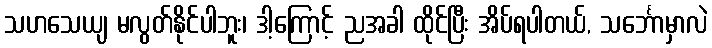
သဟသေယျ မလွတ်နိုင်ပါဘူး၊ ဒါ့ကြောင့် ညအခါ ထိုင်ပြီး အိပ်ရပါတယ်, သင်္ဘောမှာလဲ